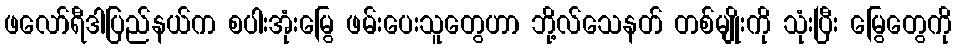
ဖလော်ရီဒါပြည်နယ်က စပါးအုံးမြွေ ဖမ်းပေးသူတွေဟာ ဘို့လ်သေနတ် တစ်မျိုးကို သုံးပြီး မြွေတွေကို